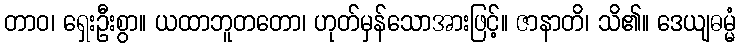
တာဝ၊ ရှေးဦးစွာ။ ယထာဘူတတော၊ ဟုတ်မှန်သောအားဖြင့်။ ဇာနာတိ၊ သိ၏။ ဒေယျဓမ္မံ